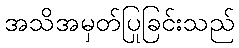
အသိအမှတ်ပြုခြင်းသည်